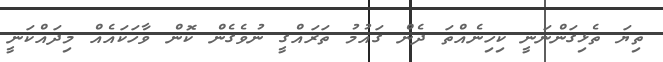
ތިޔަ ތެޅިގަންނަނީ ކިހިނެއްތަ ދެން ގައުމު ތަރައްގީ ނުވެގެން ކޮން ވާހަކައެއް މިދައްކަނީ